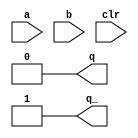
module sn74ls221(a, b, clr, q, q_);
input a, b, clr;
output q, q_;
reg mono;

parameter
	rT = 10,    // in kOhm
	cT = 1000,  // in pFarad

	// TI TTL data book Vol 1, 1985
	tW = 0.32 * rT * cT * (1 + 0.7/rT), // tw is in nsec
	tPLHA_min=0, tPLHA_typ=45, tPLHA_max=70,  // worst case
	tPHLA_min=0, tPHLA_typ=50, tPHLA_max=80;

always @(clr==0)
begin
	mono <= 0;
end

always @(negedge a)
begin
	if (a==0 && mono==0) begin
		mono <= 1;
	end	
end

always @(posedge b)
begin
	if (b==1 && mono==0) begin
		mono <= 1;
	end	
end

always @(posedge clr)
begin
	if (b==1 && clr==1 && mono==0) begin
		mono <= 1;
	end	
end

always @(posedge mono)
begin
	if (mono==1) begin
		mono <= #(tW) 0;
	end
end

assign #(tPLHA_min:tPLHA_typ:tPLHA_max, tPHLA_min:tPHLA_typ:tPHLA_max) q = mono;
assign #(tPLHA_min:tPLHA_typ:tPLHA_max, tPHLA_min:tPHLA_typ:tPHLA_max) q_ = ~mono;

endmodule